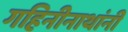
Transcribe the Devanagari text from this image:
गहिनीनाथांनी